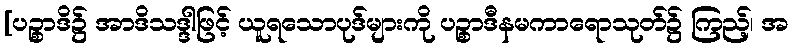
[ပဉ္စာဒိ၌ အာဒိသဒ္ဒါဖြင့် ယူရသောပုဒ်များကို ပဉ္စာဒီနမကာရောသုတ်၌ ကြည့်၊ အ